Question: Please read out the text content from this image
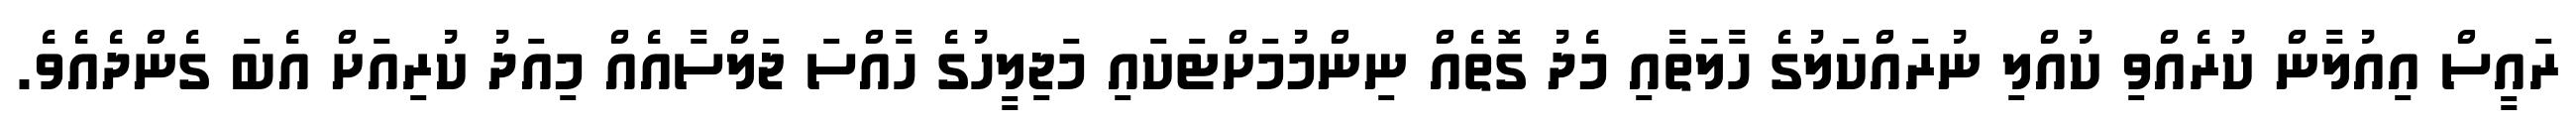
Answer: ރައީސް އިއުލާން ކުރެއްވި ކުއްލި ނުރައްކަލުގެ ހާލަތާއި މެދު ގޮތެއް ނިންމުމަށްޓަކައި މަޖިލީހުގެ ހާއްސަ ޖަލްސާއެއް މިއަދު ކުރިއަށް އެބަ ގެންދެއެވެ.